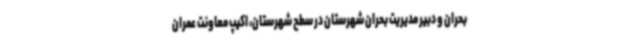
بحران و دبیر مدیریت بحران شهرستان در سطح شهرستان، اکیپ معاونت عمران